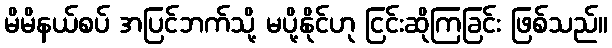
မိမိနယ်စပ် အပြင်ဘက်သို့ မပို့နိုင်ဟု ငြင်းဆိုကြခြင်း ဖြစ်သည်။